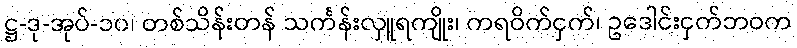
ဋ္ဌ-ဒု-အုပ်-၁၀၊ တစ်သိန်းတန် သင်္ကန်းလှူရကျိုး၊ ကရဝိက်ငှက်၊ ဥဒေါင်းငှက်ဘဝက